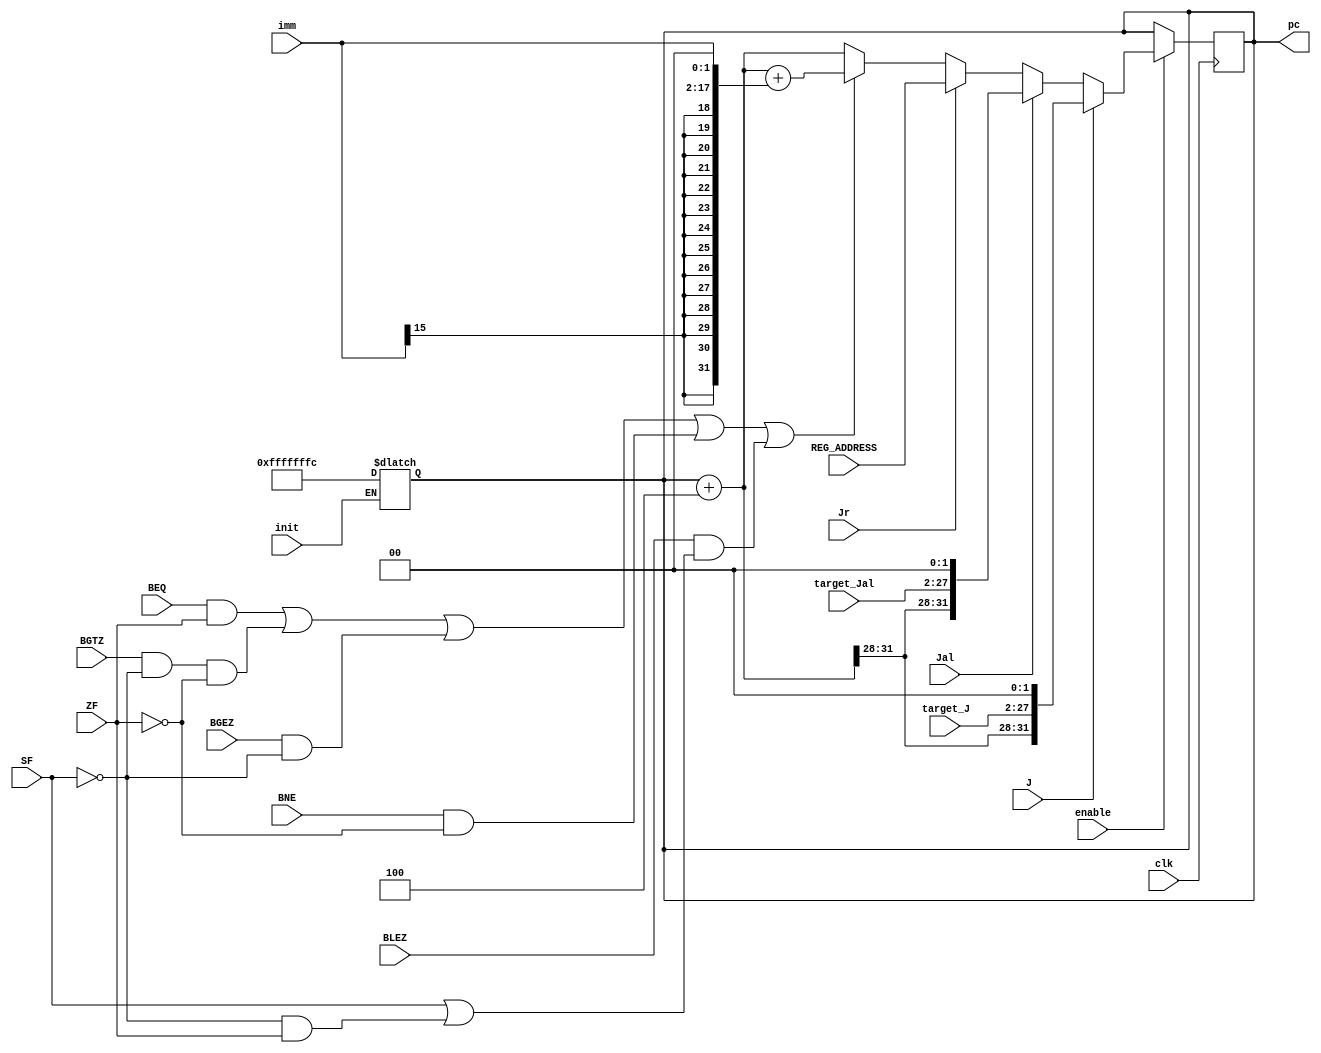
module NPC(J, Jal, Jr,  BEQ, BGTZ, BGEZ, BNE, BLEZ, target_J, target_Jal, REG_ADDRESS, ZF, SF, imm, pc, clk, init, enable);
    input J, Jal, Jr, BEQ, BGTZ, BGEZ, BNE, BLEZ, ZF, SF, clk, init, enable;
    input [15:0] imm;
    input [25:0] target_J, target_Jal;
    input [31:0] REG_ADDRESS;
    output reg [31:0] pc;

    always @(init) begin // nop
        pc = init?-32'h4:pc;
    end

    always @(negedge clk) begin
        #1;
        if(!enable)
        begin
            pc = pc;
        end
        else
        begin
            pc = pc + 4;
            if(J)
            begin
                pc = {pc[31:28],target_J,2'b00};
            end
            else if(Jal)
            begin
                pc = {pc[31:28],target_Jal,2'b00};
            end
            else if(Jr)
            begin
                pc = REG_ADDRESS;
            end
            else
            begin
                if((BEQ && ZF)||(BGTZ && !SF && !ZF)||(BGEZ && !SF)||(BNE && !ZF)||(BLEZ &&(SF||(!SF && ZF))))
                begin
                    pc = pc + {{14{imm[15]}},imm,2'b00}; //
                end
            end
        end
    end
endmodule